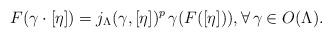
LaTeX: \begin{align*}F(\gamma\cdot[\eta])=j_{\Lambda}(\gamma,[\eta])^{p}\,\gamma(F([\eta])),\forall\,\gamma\in O(\Lambda).\end{align*}